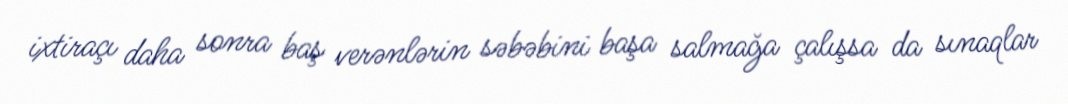
ixtiraçı daha sonra baş verənlərin səbəbini başa salmağa çalışsa da sınaqlar